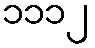
၁၁၁၂